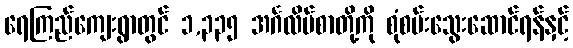
ရေကြည်ကျေးရွာတွင် ၁,၃၃၅ အင်္ဂလိပ်စာတို့ကို စုံစမ်းသွေးဆောင်ရန်နှင့်